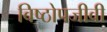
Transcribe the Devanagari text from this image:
विष्ठोपजीवी